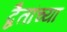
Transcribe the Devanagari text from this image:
द्वैतांच्या